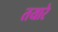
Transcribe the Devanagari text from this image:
तयारे